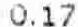
0.17